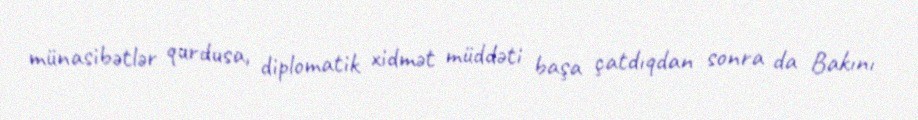
münasibətlər qurdusa, diplomatik xidmət müddəti başa çatdıqdan sonra da Bakını